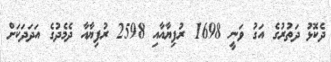
ދެކޮޅު ދަތުރުގެ އަގު ވަނީ 1698 ރުފިޔާއާއި 2598 ރުފިޔާއާ ދެމެދުގެ އަދަދަކަށް